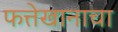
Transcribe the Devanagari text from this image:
फत्तेखानाचा